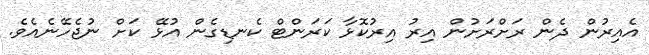
އެއިރުން ދެން ރަށްރަށުން އިރު އިރުކޮޅާ ކަރަންޓް ކެނޑިގެން އުޅޭ ކަށް ނުޖެހޭނެއެވެ.